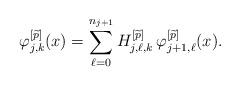
LaTeX: \begin{align*}\varphi_{j,k}^{\left[\widetilde{p}\right]}(x)=\sum_{\ell=0}^{n_{j+1}} H_{j,\ell,k}^{\left[\widetilde{p}\right]}\,\varphi_{j+1,\ell}^{\left[\widetilde{p}\right]}(x).\end{align*}